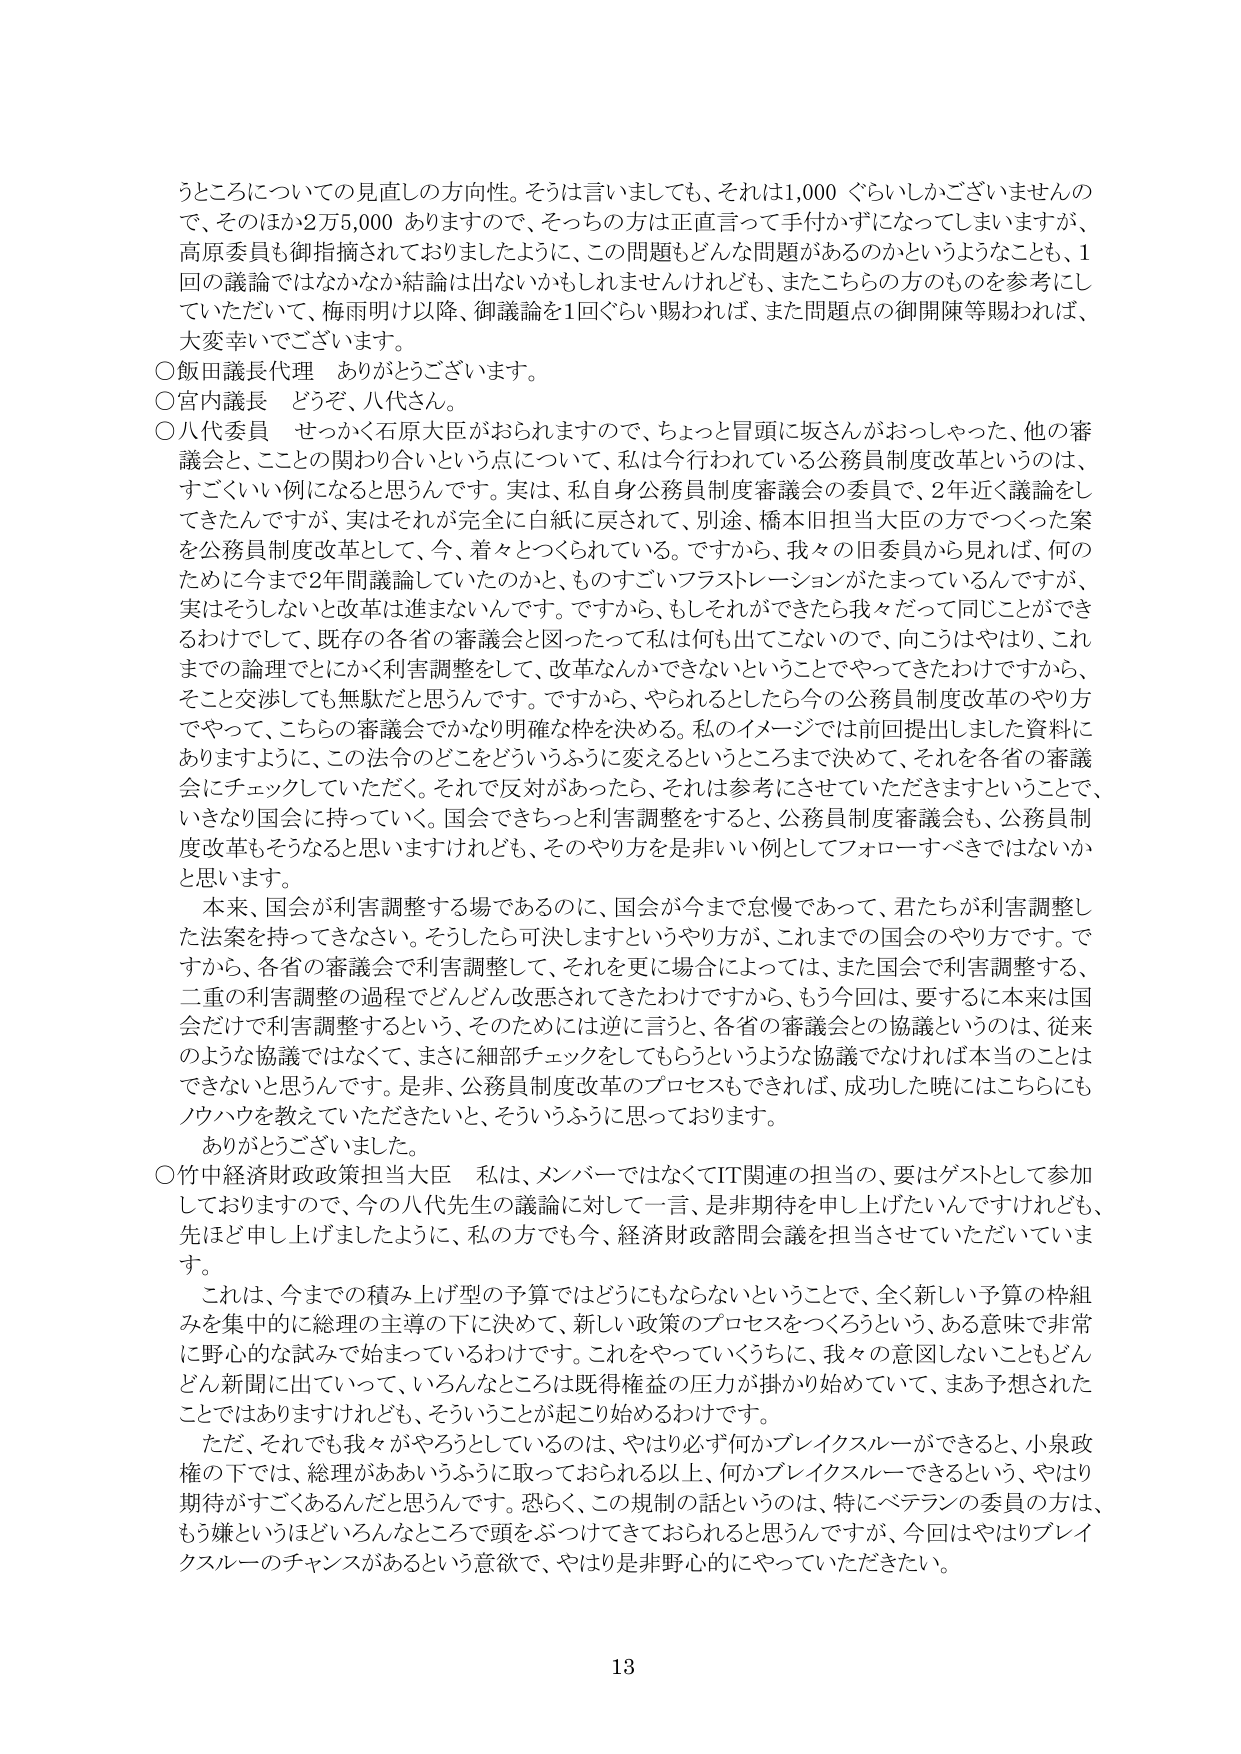
うところについての見直しの方向性。そうは言いましても、それは1,000ぐらいしかございませんので、そのほか2万5,000ありますので、そっちの方は正直言って手付かずになってしまいますが、高原委員も御指摘されておりましたように、この問題もどんな問題があるのかというようなことも、1回の議論ではなかなか結論は出ないかもしれませんけれども、またこちらの方のものを参考にしていただいて、梅雨明け以降、御議論を1回ぐらい賜われれば、また問題点の御開陳等賜われば、大変幸いでございます。

○飯田議長代理　ありがとうございます。

○宮内議長　どうぞ、八代さん。

○八代委員　せっかく石原大臣がおられますので、ちょっと冒頭に坂さんがおっしゃった、他の審議会と、ことの関わり合いという点について、私は今行われている公務員制度改革というのは、すごくいい例になると思うんです。実は、私自身公務員制度審議会の委員で、2年近く議論をしてきたんですが、実はそれが完全に白紙に戻されて、別途、橋本旧担当大臣の方でつくった案を公務員制度改革として、今、着々とつくられている。ですから、我々の旧委員から見れば、何のために今まで2年間議論していたのかと、ものすごいフラストレーションがたまっているんですが、実はそうしないと改革は進まないんです。ですから、もしそれができたら我々だって同じことができるわけでして、既存の各省の審議会と図ったって私は何も出てこないので、向こうはやはり、これまでの論理でとにかく利害調整をして、改革なんかできないということやってきたわけですから、そこで交渉しても無駄だと思うんです。ですから、やられるとしたら今の公務員制度改革のやり方でやって、こちらの審議会でかなり明確な枠を決める。私のイメージでは前回提出しました資料にありますように、この法令のどこをどういうふうに変えるというところまで決めて、それを各省の審議会にチェックしていただく。それで反対があったら、それは参考にさせていただきますということで、いきなり国会に持っていく。国会できちっと利害調整をすると、公務員制度審議会も、公務員制度改革もそうなると思いますけれども、そのやり方を是非いい例としてフォローすべきではないかと思います。

本来、国会が利害調整する場であるのに、国会が今まで怠慢であって、君たちが利害調整した法案を持ってきなさい。そうしたら可決しますというやり方が、これまでの国会のやり方です。ですから、各省の審議会で利害調整して、それを更に場合によっては、また国会で利害調整する、二重の利害調整の過程でどんどん改悪されてきたわけですから、もう今回は、要するに本来は国会だけで利害調整するという、そのためには逆に言うと、各省の審議会との協議というのは、従来のような協議ではなくて、まさに細部チェックをしてもらうというような協議でなければ本当のことはできないと思うんです。是非、公務員制度改革のプロセスもできれば、成功した暁にはこちらにもノウハウを教えていただきたいと、そういうふうに思っております。

ありがとうございました。

○竹中経済財政政策担当大臣　私は、メンバーではなくてIT関連の担当の、要はゲストとして参加しておりますので、今の八代先生の議論に対して一言、是非期待を申し上げたいんですけれども、先ほど申し上げましたように、私の方でも今、経済財政諮問会議を担当させていただいています。

これは、今までの積み上げ型の予算ではどうにもならないということで、全く新しい予算の枠組みを集中的に総理の主導の下に決めて、新しい政策のプロセスをつくろうという、ある意味で非常に野心的な試みで始まっているわけです。これをやっていくうちに、我々の意図しないこともどんどん新聞に出ていって、いろんなところは既得権益の圧力が掛かり始めていて、まあ予想されたことではありますけれども、そういうことが起こり始めるわけです。

ただ、それでも我々がやろうとしているのは、やはり必ず何かブレイクスルーができると、小泉政権の下では、総理がああいうふうに取っておられる以上、何かブレイクスルーできるという、やはり期待がすごくあるんだと思うんです。恐らく、この規制の話というのは、特にベテランの委員の方は、もう嫌というほどいろんなところで頭をぶつけてきておられると思うんですが、今回はやはりブレイクスルーのチャンスがあるという意欲で、やはり是非野心的にやっていただきたい。

13